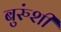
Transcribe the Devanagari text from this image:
बुरुंशी